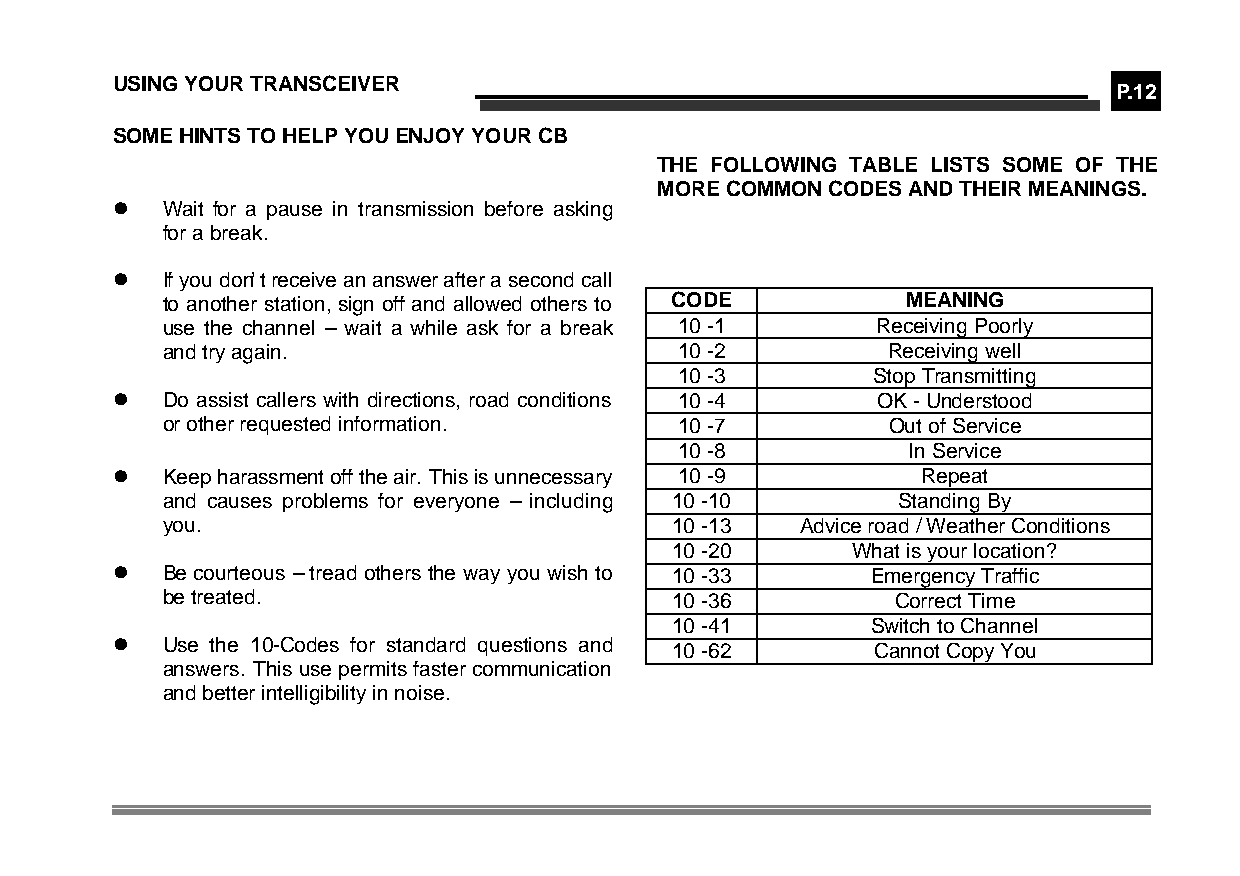
USING YOUR TRANSCEIVER
 P.12
 SOME HINTS TO HELP YOU ENJOY YOUR CB
 THE FOLLOWING TABLE LISTS SOME OF THE
 MORE COMMON CODES AND THEIR MEANINGS.
 l   Wait for a pause in transmission before asking
 for a break.
 l   If you don’t receive an answer after a second call
 to another station, sign off and allowed others to CODE MEANING
 use the channel – wait a while ask for a break 10 -1 Receiving Poorly
 and try again.                    10 -2         Receiving well
 10 -3        Stop Transmitting
 l   Do assist callers with directions, road conditions 10 -4 OK - Understood
 or other requested information.   10 -7         Out of Service
 10 -8          In Service
 l   Keep harassment off the air. This is unnecessary 10 -9 Repeat
 and causes problems for everyone – including 10 -10 Standing By
 you.                             10 -13   Advice road / Weather Conditions
 10 -20      What is your location?
 l   Be courteous – tread others the way you wish to 10 -33 Emergency Traffic
 be treated.                      10 -36         Correct Time
 10 -41        Switch to Channel
 l   Use the 10-Codes for standard questions and 10 -62 Cannot Copy You
 answers. This use permits faster communication
 and better intelligibility in noise.